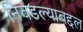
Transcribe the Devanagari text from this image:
निवडल्याबद्दल